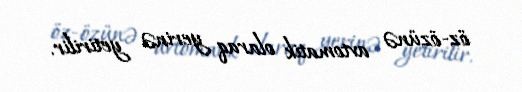
öz-özünə avtomatik olaraq yerinə yetirilir.